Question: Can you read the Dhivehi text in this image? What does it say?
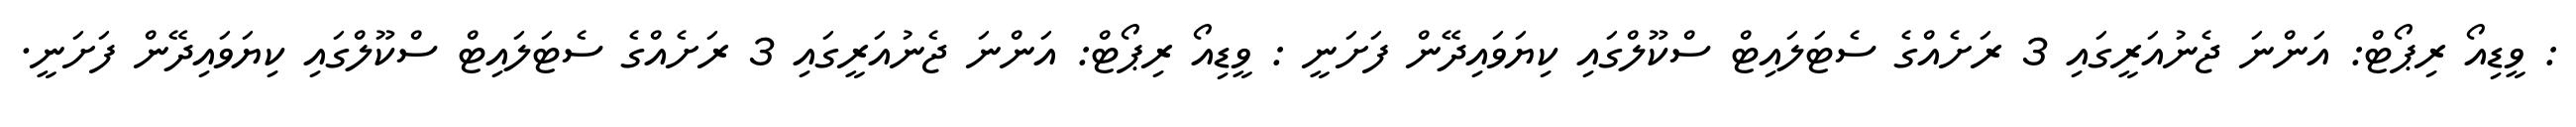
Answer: : ވީޑިއޯ ރިޕޯޓް: އަންނަ ޖެނުއަރީގައި 3 ރަށެއްގެ ސެޓަލައިޓް ސްކޫލްގައި ކިޔަވައިދޭން ފަށަނީ : ވީޑިއޯ ރިޕޯޓް: އަންނަ ޖެނުއަރީގައި 3 ރަށެއްގެ ސެޓަލައިޓް ސްކޫލްގައި ކިޔަވައިދޭން ފަށަނީ.